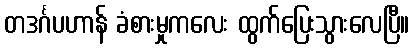
တဒင်္ဂပဟာန် ခံစားမှုကလေး ထွက်ပြေးသွားလေပြီ။